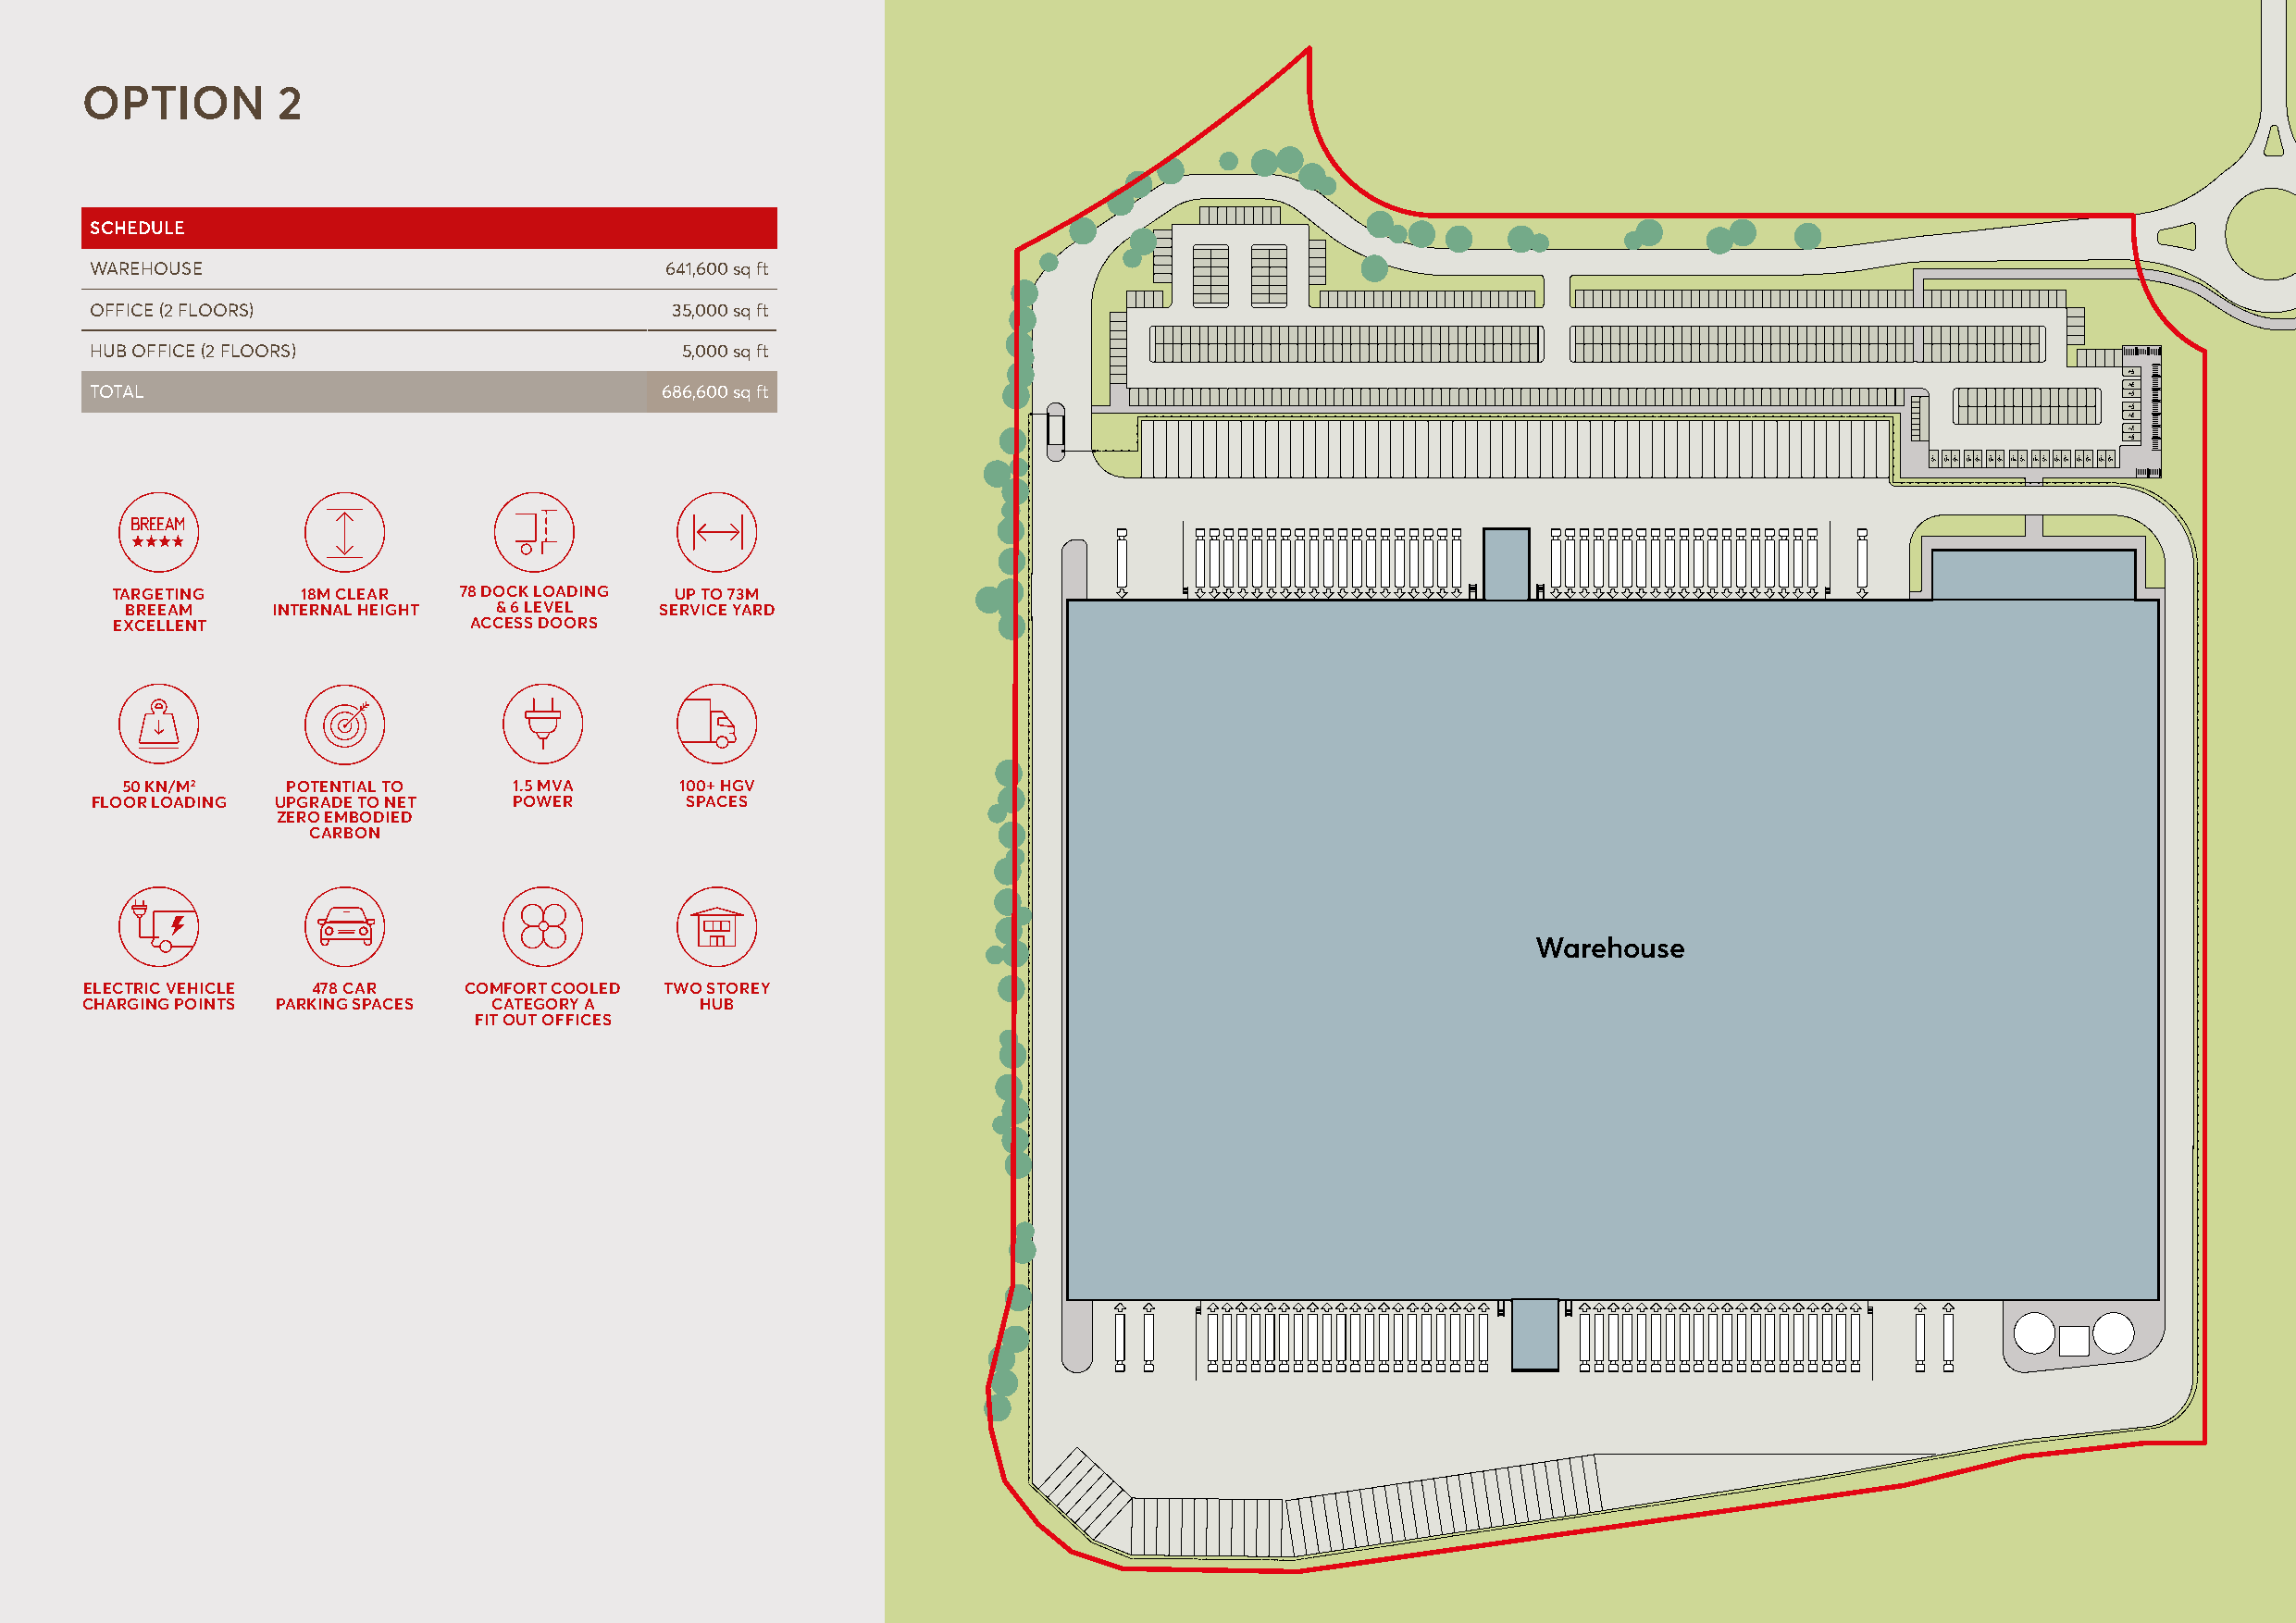
OPTION        2
 SCHEDULE
 WAREHOUSE                                 641,600 sq ft
 OFFICE (2 FLOORS)                         35,000 sq ft
 HUB OFFICE (2 FLOORS)                      5,000 sq ft
 TOTAL                                    686,600 sq ft
 TARGETING    18M CLEAR   78 DOCK LOADING UP TO 73M
 BREEAM    INTERNAL HEIGHT & 6 LEVEL   SERVICE YARD
 EXCELLENT                 ACCESS DOORS
 50 KN/M2   POTENTIAL TO     1.5 MVA     100+ HGV
 FLOOR LOADING UPGRADE TO NET  POWER       SPACES
 ZERO EMBODIED
 CARBON
 Warehouse
 ELECTRIC VEHICLE 478 CAR   COMFORT COOLED TWO STOREY
 CHARGING POINTS PARKING SPACES CATEGORY A   HUB
 FIT OUT OFFICES